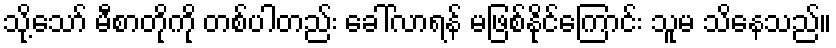
သို့သော် မီစာတိုကို တစ်ပါတည်း ခေါ်လာရန် မဖြစ်နိုင်ကြောင်း သူမ သိနေသည်။